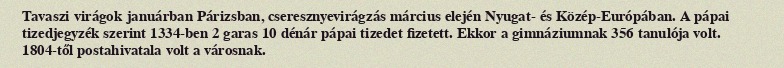
Tavaszi virágok januárban Párizsban, cseresznyevirágzás március elején Nyugat- és Közép-Európában. A pápai tizedjegyzék szerint 1334-ben 2 garas 10 dénár pápai tizedet fizetett. Ekkor a gimnáziumnak 356 tanulója volt. 1804-től postahivatala volt a városnak.